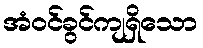
အံဝင်ခွင်ကျရှိသော